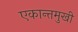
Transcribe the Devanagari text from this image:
एकान्तमुखी